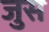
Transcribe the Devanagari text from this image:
जुस